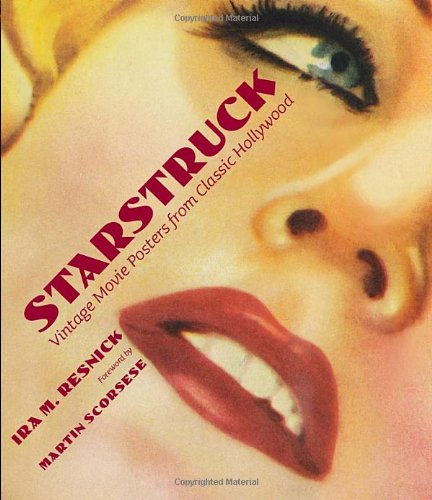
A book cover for Starstruck: Vintage Movie Posters from Classic Hollywood; Ira M. Resnick; Crafts, Hobbies & Home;